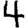
Digit: 4